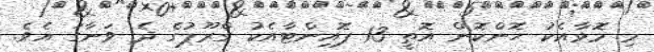
މި މޮޅާއެކު ހޮންކޮން އޮތީ 13 ޕޮއިންޓާއެކު ގްރޫޕުގެ ދެ ވަނާގަ އެވެ.